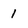
Character: 1